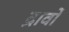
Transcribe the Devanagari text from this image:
द्रावों